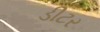
ડીટર